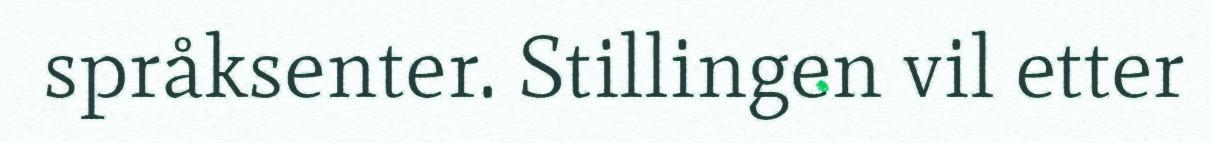
språksenter. Stillingen vil etter